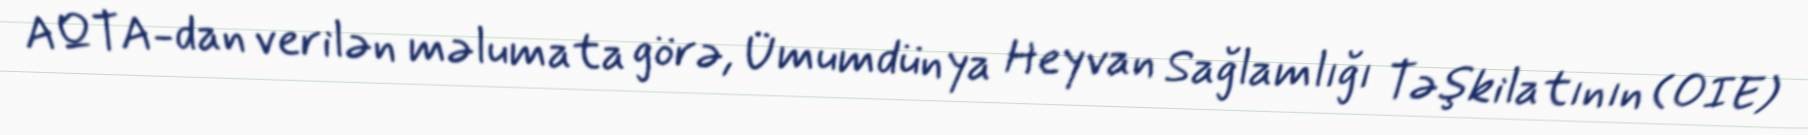
AQTA-dan verilən məlumata görə, Ümumdünya Heyvan Sağlamlığı Təşkilatının (OIE)